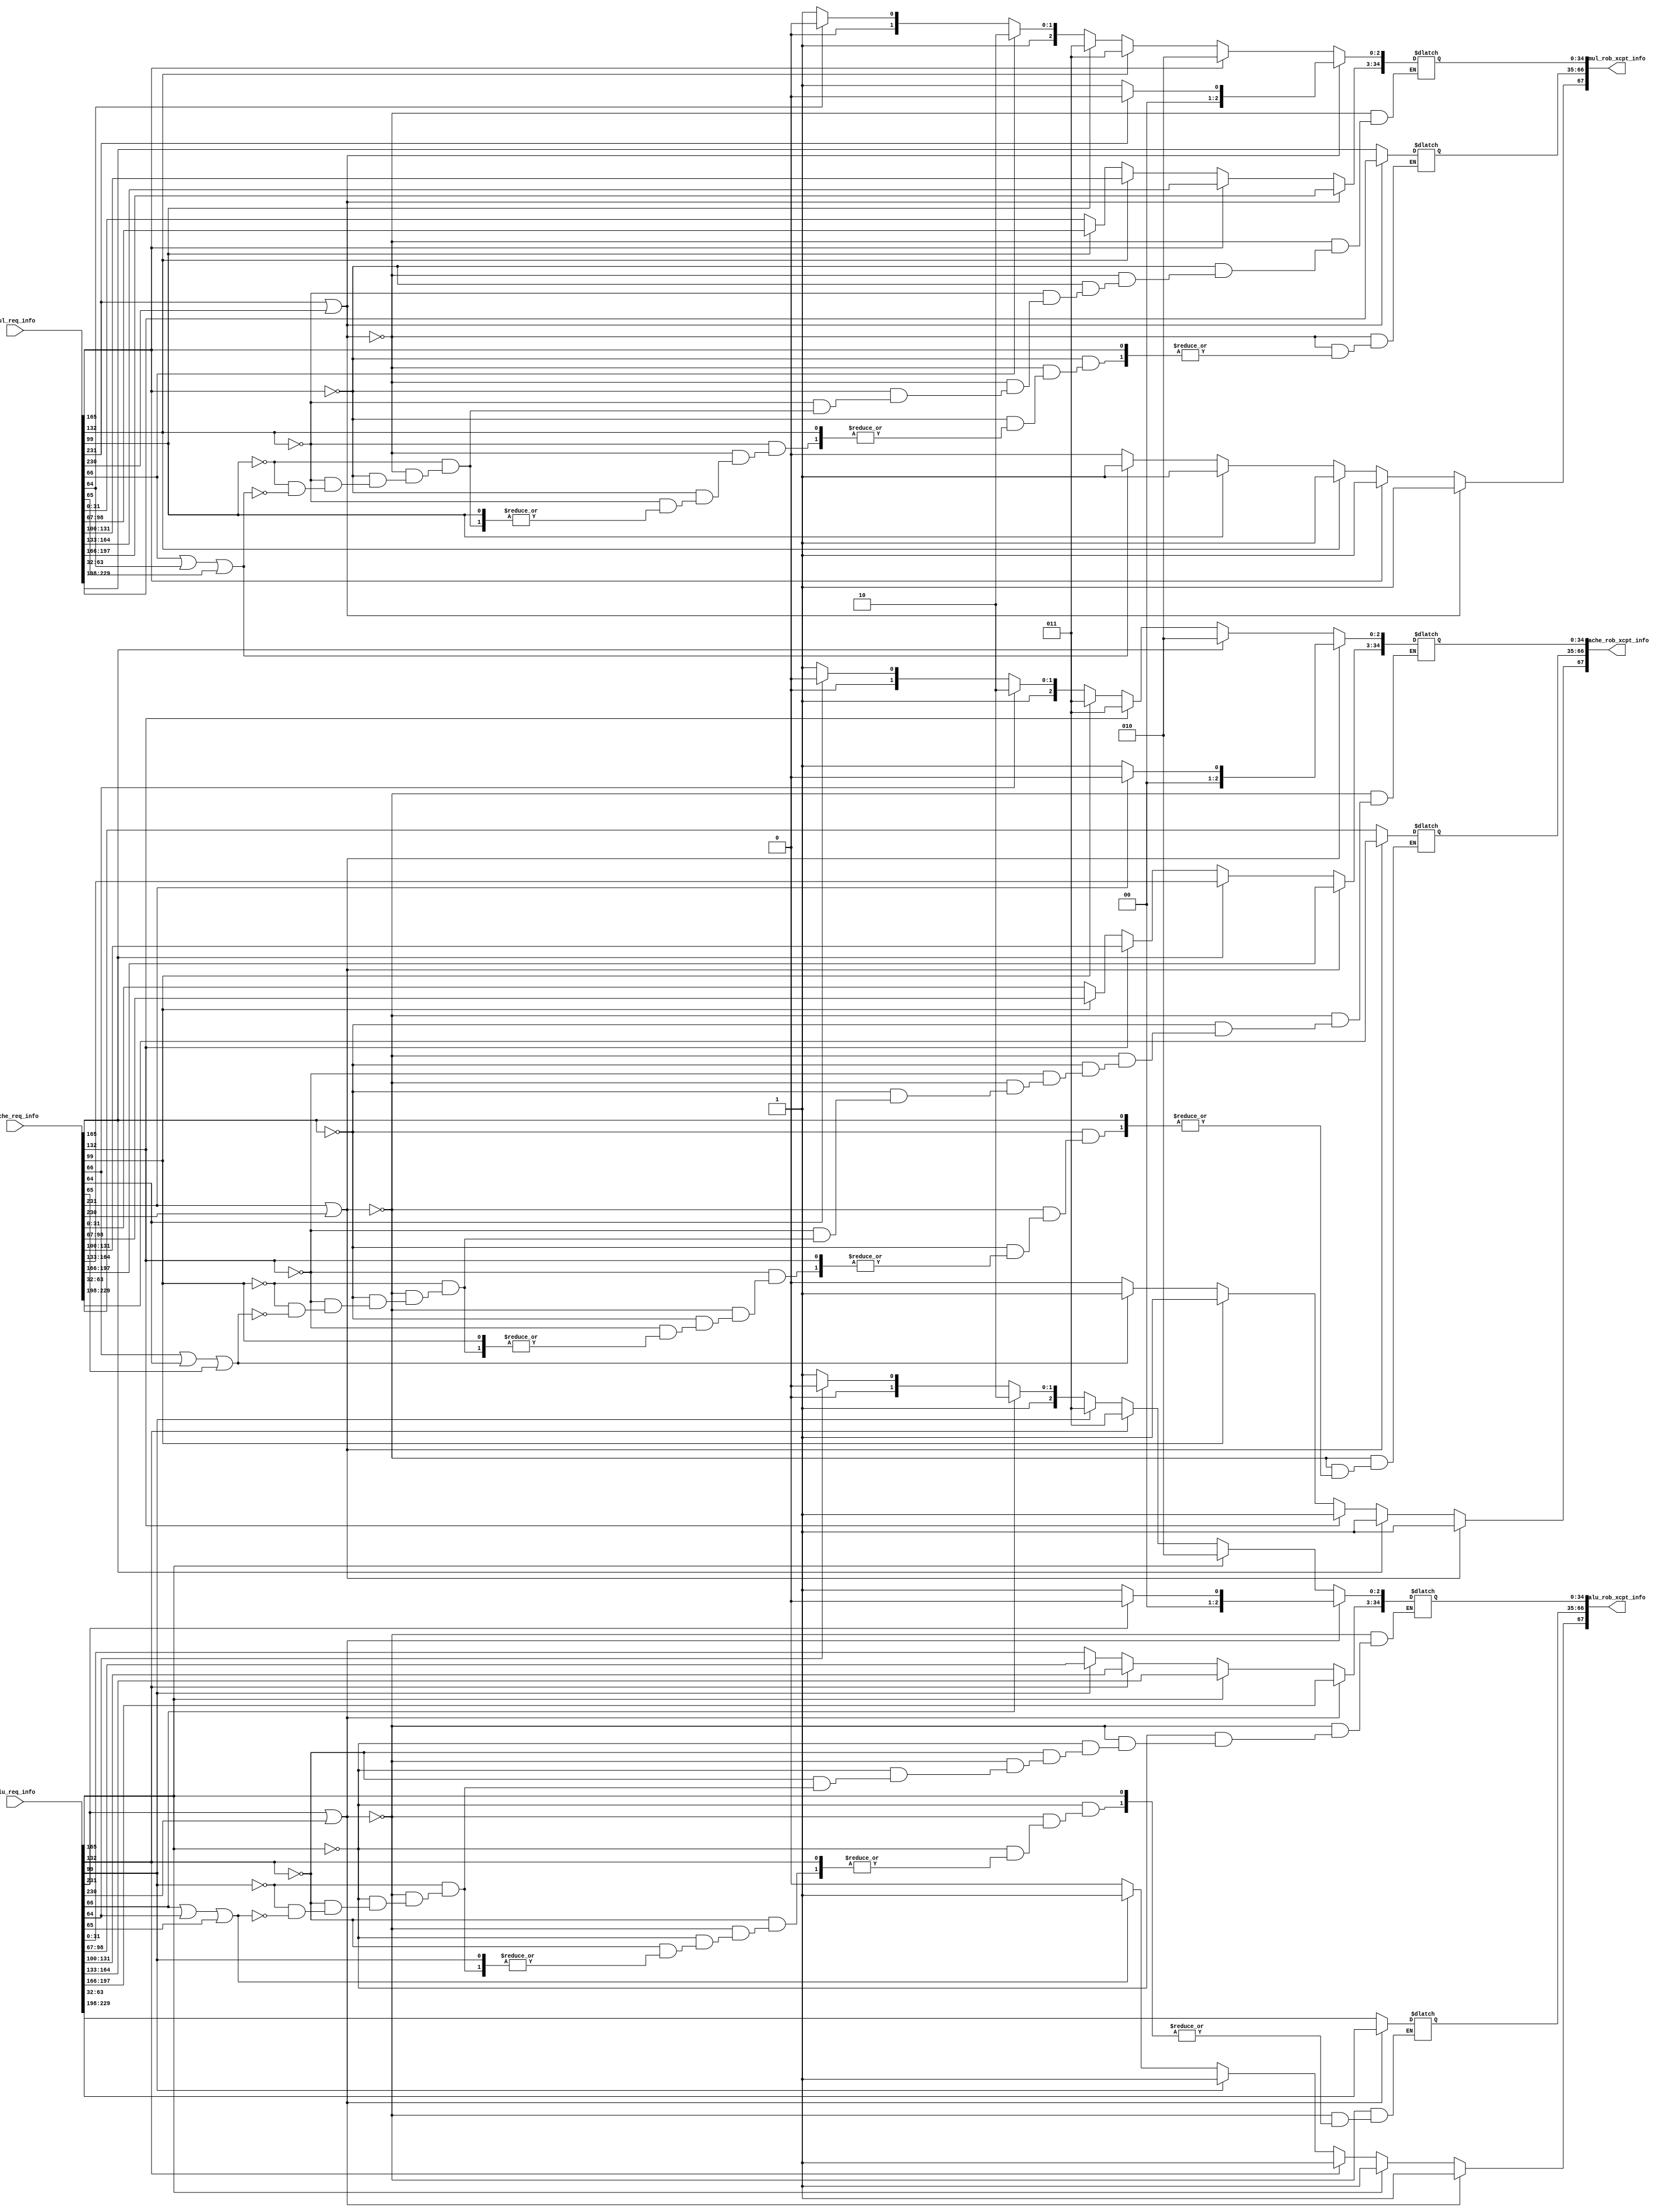
module writeback_xcpt (
	alu_req_info,
	mul_req_info,
	cache_req_info,
	alu_rob_xcpt_info,
	mul_rob_xcpt_info,
	cache_rob_xcpt_info
);
	input wire [359:0] alu_req_info;
	input wire [359:0] mul_req_info;
	input wire [359:0] cache_req_info;
	output reg [67:0] alu_rob_xcpt_info;
	output reg [67:0] mul_rob_xcpt_info;
	output reg [67:0] cache_rob_xcpt_info;
	localparam [2:0] cache_addr_fault = 3'b110;
	localparam [2:0] cache_bus_error = 3'b101;
	localparam [2:0] dTlb_miss = 3'b100;
	localparam [2:0] fetch_bus_error = 3'b001;
	localparam [2:0] iTlb_miss = 3'b000;
	localparam [2:0] illegal_instr = 3'b010;
	localparam [2:0] overflow = 3'b011;
	always @(*) begin
		alu_rob_xcpt_info[67] = 1'b0;
		if (alu_req_info[231] | alu_req_info[230]) begin
			alu_rob_xcpt_info[67] = 1'b1;
			alu_rob_xcpt_info[2-:3] = (alu_req_info[231] ? iTlb_miss : fetch_bus_error);
			alu_rob_xcpt_info[66-:32] = alu_req_info[229-:32];
			alu_rob_xcpt_info[34-:32] = alu_req_info[197-:32];
		end
		else if (alu_req_info[165]) begin
			alu_rob_xcpt_info[67] = 1'b1;
			alu_rob_xcpt_info[2-:3] = illegal_instr;
			alu_rob_xcpt_info[34-:32] = alu_req_info[164-:32];
		end
		else if (alu_req_info[132]) begin
			alu_rob_xcpt_info[67] = 1'b1;
			alu_rob_xcpt_info[2-:3] = overflow;
			alu_rob_xcpt_info[34-:32] = alu_req_info[131-:32];
		end
		else if (alu_req_info[99]) begin
			alu_rob_xcpt_info[67] = 1'b1;
			alu_rob_xcpt_info[2-:3] = overflow;
			alu_rob_xcpt_info[34-:32] = alu_req_info[98-:32];
		end
		else if ((alu_req_info[66] | alu_req_info[64]) | alu_req_info[65]) begin
			alu_rob_xcpt_info[67] = 1'b1;
			alu_rob_xcpt_info[2-:3] = (alu_req_info[66] ? cache_addr_fault : (alu_req_info[64] ? dTlb_miss : cache_bus_error));
			alu_rob_xcpt_info[66-:32] = alu_req_info[63-:32];
			alu_rob_xcpt_info[34-:32] = alu_req_info[31-:32];
		end
	end
	always @(*) begin
		mul_rob_xcpt_info[67] = 1'b0;
		if (mul_req_info[231] | mul_req_info[230]) begin
			mul_rob_xcpt_info[67] = 1'b1;
			mul_rob_xcpt_info[2-:3] = (mul_req_info[231] ? iTlb_miss : fetch_bus_error);
			mul_rob_xcpt_info[66-:32] = mul_req_info[229-:32];
			mul_rob_xcpt_info[34-:32] = mul_req_info[197-:32];
		end
		else if (mul_req_info[165]) begin
			mul_rob_xcpt_info[67] = 1'b1;
			mul_rob_xcpt_info[2-:3] = illegal_instr;
			mul_rob_xcpt_info[34-:32] = mul_req_info[164-:32];
		end
		else if (mul_req_info[132]) begin
			mul_rob_xcpt_info[67] = 1'b1;
			mul_rob_xcpt_info[2-:3] = overflow;
			mul_rob_xcpt_info[34-:32] = mul_req_info[131-:32];
		end
		else if (mul_req_info[99]) begin
			mul_rob_xcpt_info[67] = 1'b1;
			mul_rob_xcpt_info[2-:3] = overflow;
			mul_rob_xcpt_info[34-:32] = mul_req_info[98-:32];
		end
		else if ((mul_req_info[66] | mul_req_info[64]) | mul_req_info[65]) begin
			mul_rob_xcpt_info[67] = 1'b1;
			mul_rob_xcpt_info[2-:3] = (mul_req_info[66] ? cache_addr_fault : (mul_req_info[64] ? dTlb_miss : cache_bus_error));
			mul_rob_xcpt_info[66-:32] = mul_req_info[63-:32];
			mul_rob_xcpt_info[34-:32] = mul_req_info[31-:32];
		end
	end
	always @(*) begin
		cache_rob_xcpt_info[67] = 1'b0;
		if (cache_req_info[231] | cache_req_info[230]) begin
			cache_rob_xcpt_info[67] = 1'b1;
			cache_rob_xcpt_info[2-:3] = (cache_req_info[231] ? iTlb_miss : fetch_bus_error);
			cache_rob_xcpt_info[66-:32] = cache_req_info[229-:32];
			cache_rob_xcpt_info[34-:32] = cache_req_info[197-:32];
		end
		else if (cache_req_info[165]) begin
			cache_rob_xcpt_info[67] = 1'b1;
			cache_rob_xcpt_info[2-:3] = illegal_instr;
			cache_rob_xcpt_info[34-:32] = cache_req_info[164-:32];
		end
		else if (cache_req_info[132]) begin
			cache_rob_xcpt_info[67] = 1'b1;
			cache_rob_xcpt_info[2-:3] = overflow;
			cache_rob_xcpt_info[34-:32] = cache_req_info[131-:32];
		end
		else if (cache_req_info[99]) begin
			cache_rob_xcpt_info[67] = 1'b1;
			cache_rob_xcpt_info[2-:3] = overflow;
			cache_rob_xcpt_info[34-:32] = cache_req_info[98-:32];
		end
		else if ((cache_req_info[66] | cache_req_info[64]) | cache_req_info[65]) begin
			cache_rob_xcpt_info[67] = 1'b1;
			cache_rob_xcpt_info[2-:3] = (cache_req_info[66] ? cache_addr_fault : (cache_req_info[64] ? dTlb_miss : cache_bus_error));
			cache_rob_xcpt_info[66-:32] = cache_req_info[63-:32];
			cache_rob_xcpt_info[34-:32] = cache_req_info[31-:32];
		end
	end
endmodule